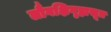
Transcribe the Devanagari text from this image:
लौगक्षिगृह्यसूत्र